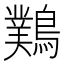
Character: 䴆